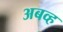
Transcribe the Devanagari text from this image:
अबव्ह